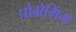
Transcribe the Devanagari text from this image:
प्रोग्रेमिंग